Report on horse surra - Volume I
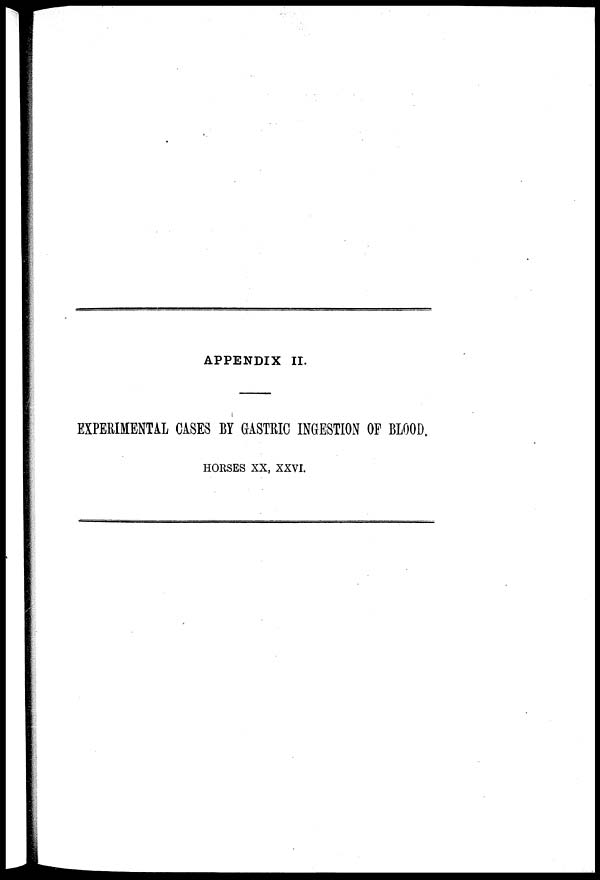
APPENDIX II.
EXPERIMENTAL CASES BY GASTRIC INGESTION OF BLOOD.
HORSES XX, XXVI